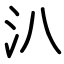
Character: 汃